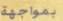
بمواجهة